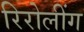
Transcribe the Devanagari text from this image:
रिरोलींग